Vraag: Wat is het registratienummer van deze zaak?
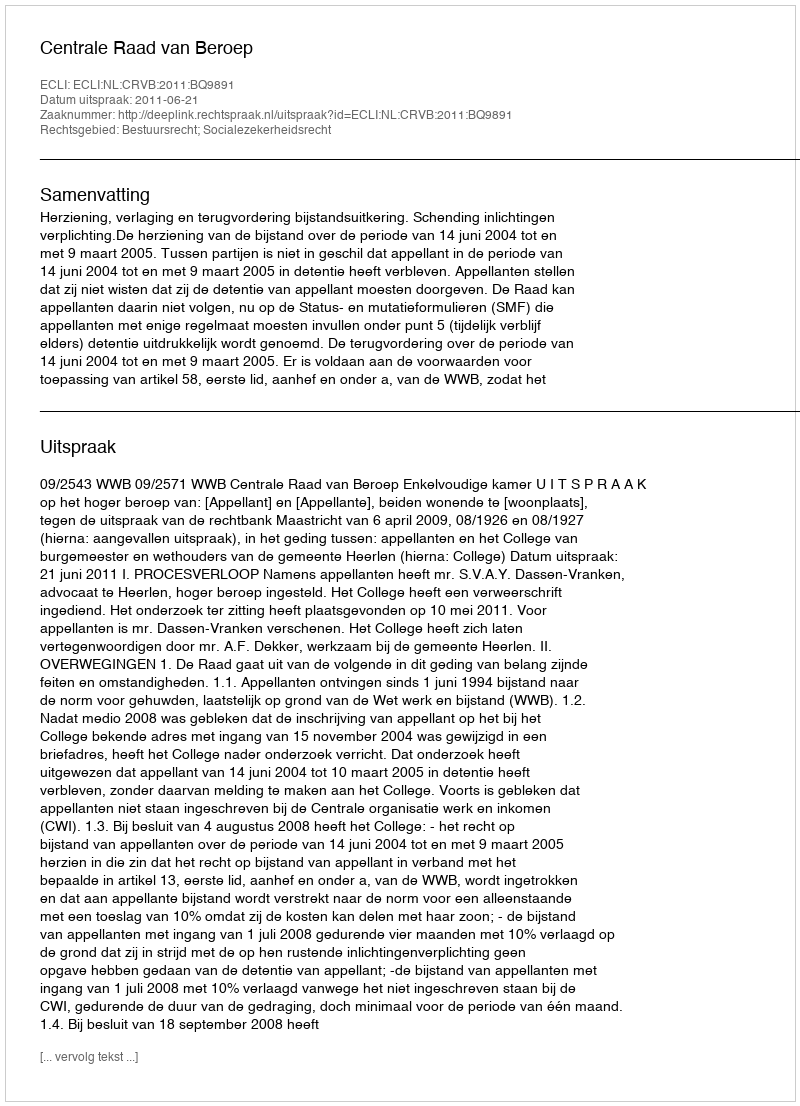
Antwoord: http://deeplink.rechtspraak.nl/uitspraak?id=ECLI:NL:CRVB:2011:BQ9891